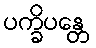
ပက္ခိပန္တေ